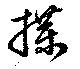
牒